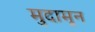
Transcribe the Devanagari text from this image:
मुदामून